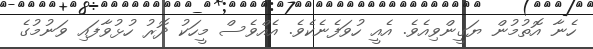
ހެނާ އޮތުމުން ޔަގީންވިއެވެ. އެއީ ހުވަފެނެކެވެ. އެއްވެސް މީހަކު ދޮރު ހުޅުވާފައި ވަނުމުގެ